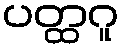
ပတ္ထဂူ